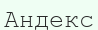
Андекс